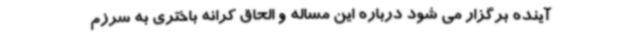
آینده برگزار می شود درباره این مساله و الحاق کرانه باختری به سرزم